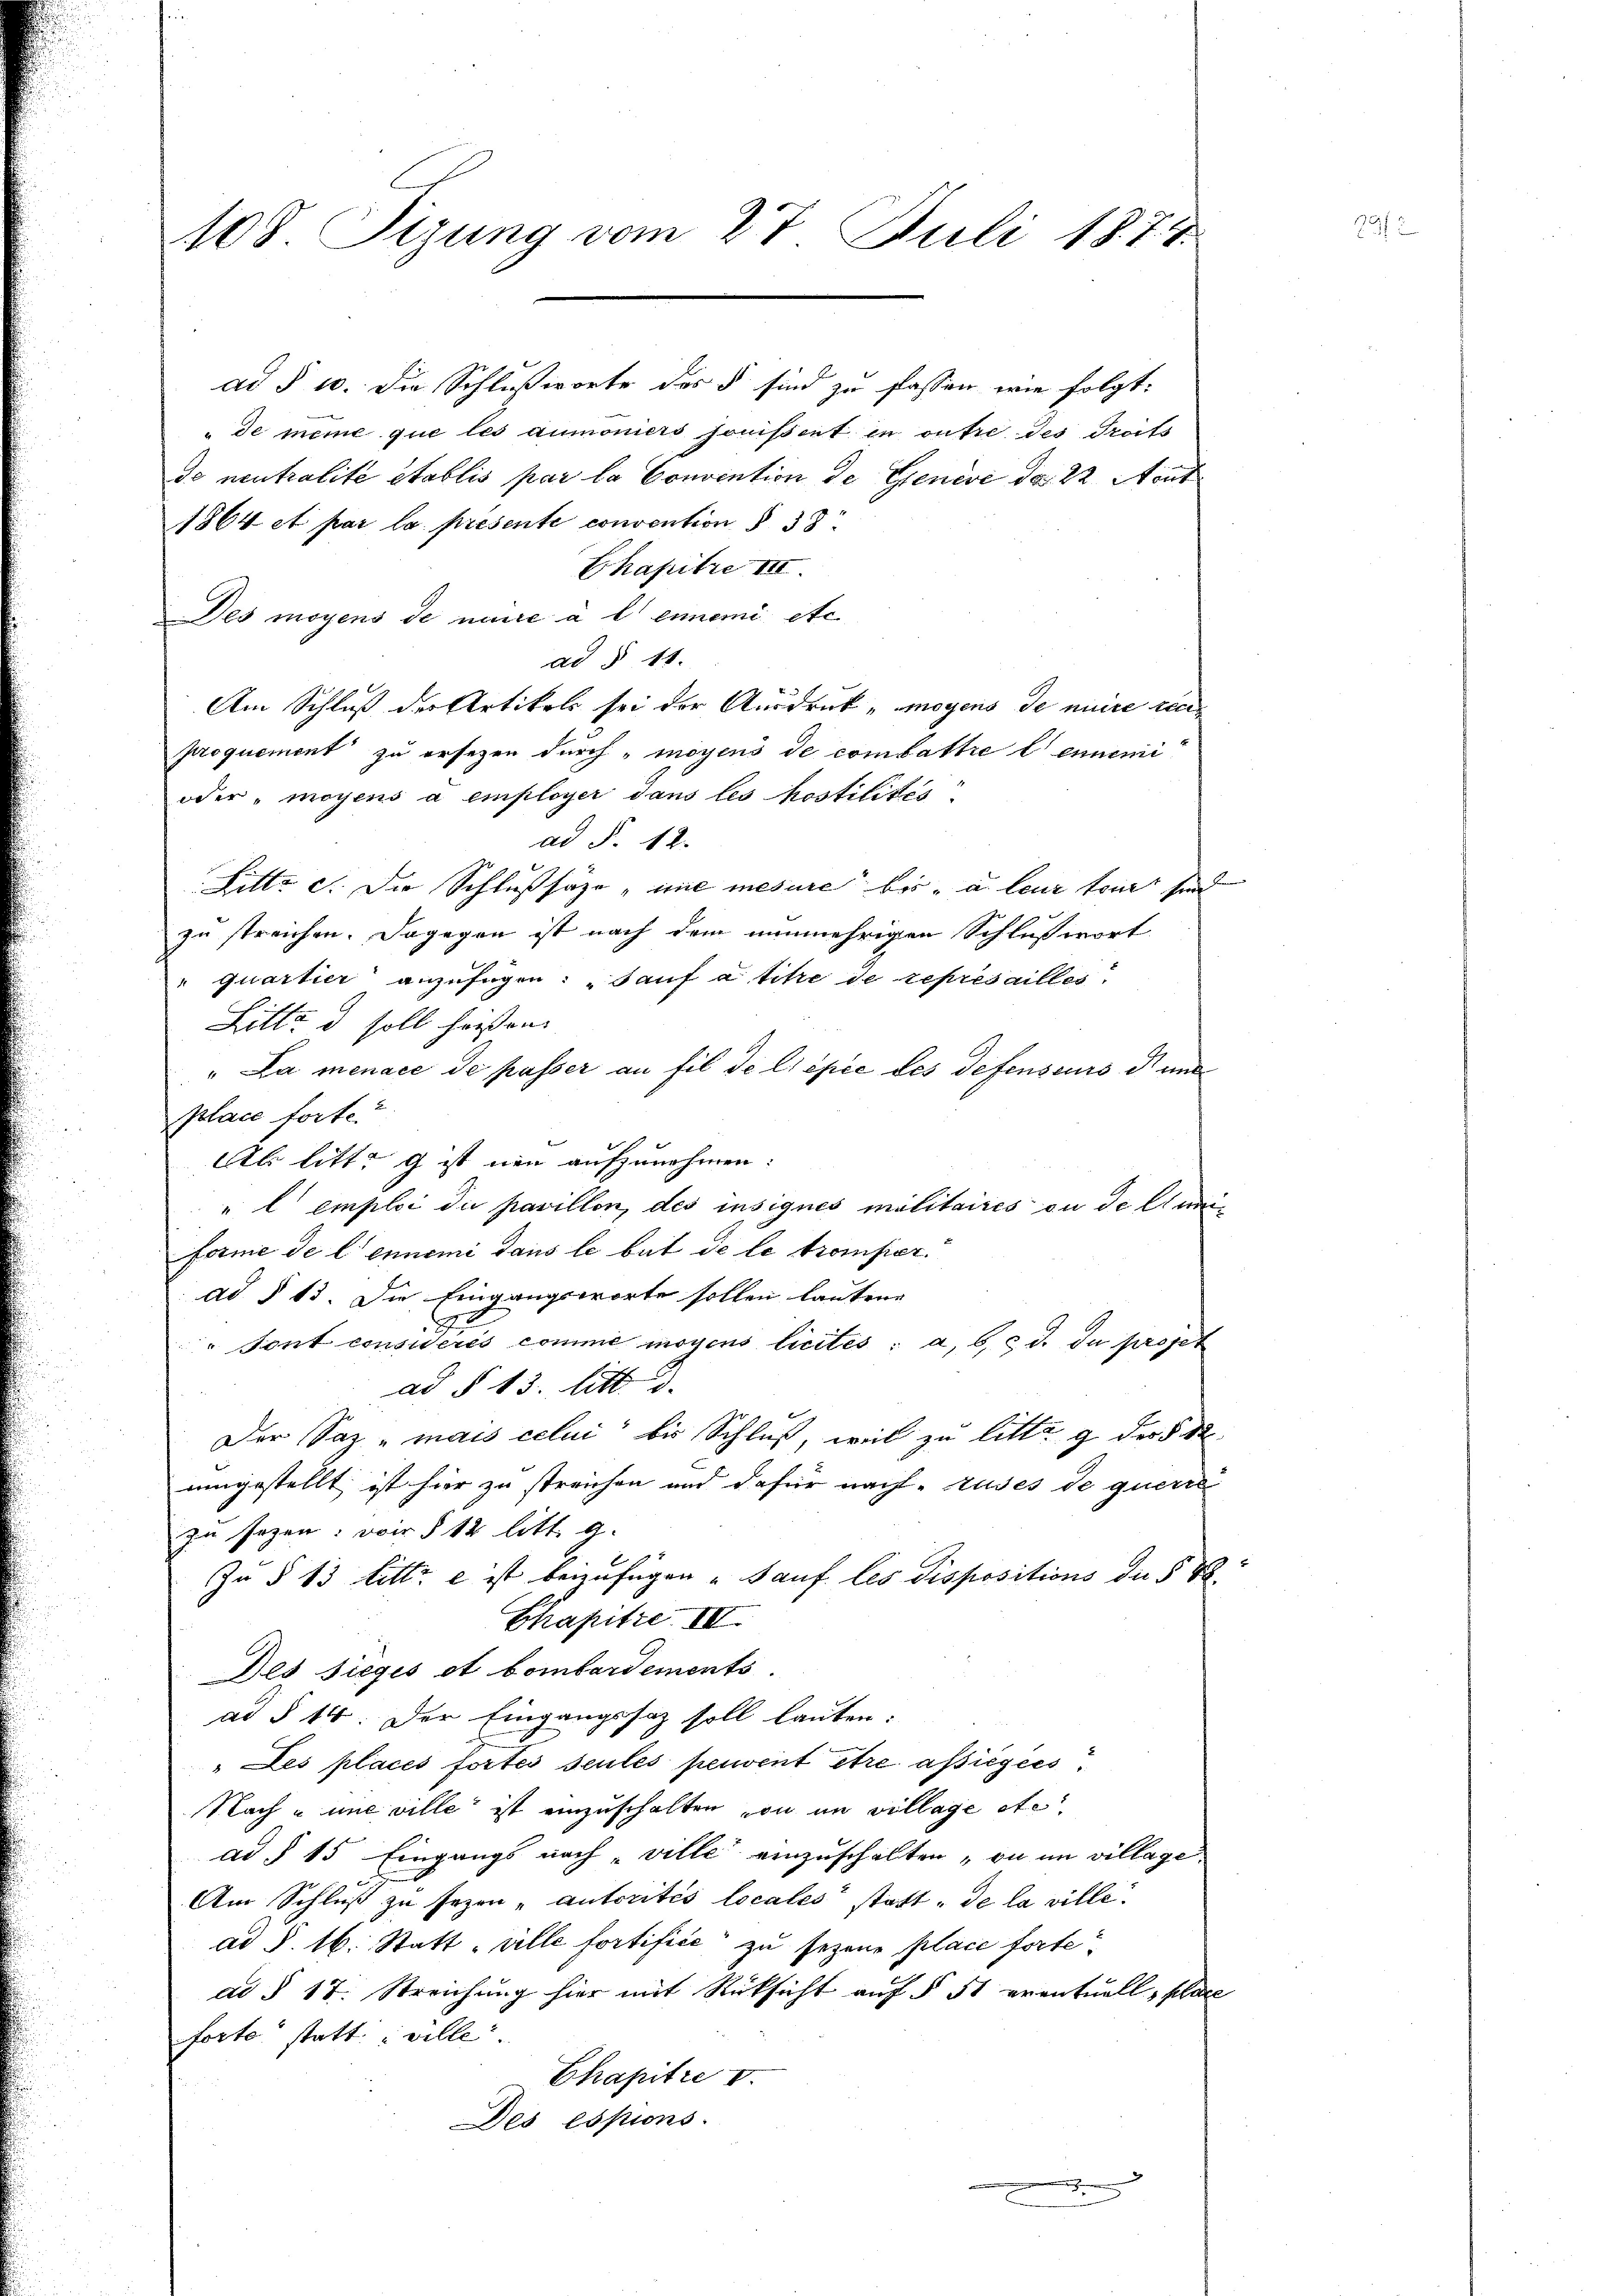
108. Sizung vom 27. Juli 1874.

ad § 10. Die Schlußworte des § sind zu fassen wie folgt:
" de meine que les aumoniers jouissent in outre des Troits
de neutralité établis par la Convention de Genève das 22 Aout
1864 et par la presente convention § 38
Chapitre III.
Des moyens de neue à l’ennemi etc.
ad § 11.
Am Schluß der Artikels sei der Ausdruck „moyens de maire renproquement zu ersezen durch „moyens de combattre lennemi
oder „moyens a employer dans les postilités.
ad §. 12.
Litte c. Die Schlußsaze „une mesure bis a leur tourt sind
zu streichen. Dagegen ist nach dem nunmehrigen Schlußwort
" quartier anzufügen: „Sauf a titre de represailles
Litte u soll heißen
"Da menace de passer an fil de l’épée des defenseurs d und
place forte?
Ab litt. g ist neu aufzunehmen:
"l emploi due pavillon, des insignes militaires ou de Can
Forme de lennemi dans le bat de le tromper.
ad § 13. Die Eingangsworte sollen lautene
¬
"Sont considérés comme moyens licites: a, b, c d. du projet
ad § 13. litt. d.
Der Saz „mais celui bis Schluß, weil zu litte g der § 2
umgestellt ist hier zu streichen und dafür nach auses de querre
zu seyen; wir § 12 litt. g.
In § 13 litt. e ist beizufügen „Sauf les dispositions der § 88
Chapitre III.
Des Sieges et bombardements.
ad § 14. Der Eingangssaz soll lauten:
" Les places fortes seules peuvent être assiegees
Nach u. une ville ist einzuschalten von im village etc
ad § 15 Eingangs nach „ville einzuschalten „on im village
Am Schluß zu sezen „autorités locales“ statt. de la ville.
ad §. 16. Statt „ville fortifici zu sezene place forte
ad § 17. Streichŭng hier mit Rücksicht aŭf § 51 eventuell, place
forte statt wille
Chapitre V.
Des essions.
e

.
2